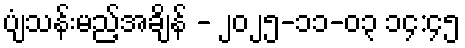
ပျံသန်းမည့်အချိန် - ၂၀၂၅-၁၁-၀၃ ၁၄:၄၅